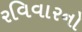
રવિવારનો